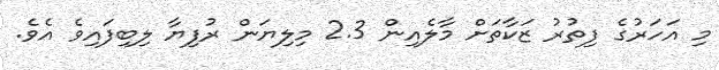
މި އަހަރުގެ ފިތުރު ޒަކާތަށް މާލެއިން 2.3 މިލިޔަން ރުފިޔާ ލިބިފައިވެ އެވެ.